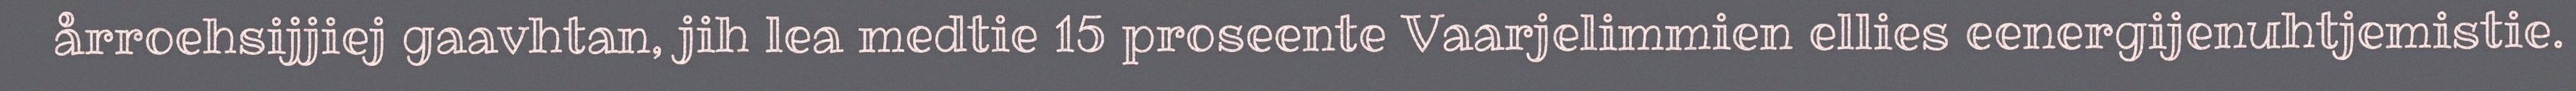
årroehsijjiej gaavhtan, jih lea medtie 15 proseente Vaarjelimmien ellies eenergijenuhtjemistie.